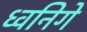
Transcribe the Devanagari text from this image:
ध्वनिगे